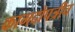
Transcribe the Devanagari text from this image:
कागदोपत्रीच